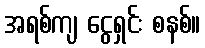
အရစ်ကျ ငွေရှင်း စနစ်။